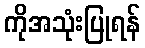
ကိုအသုံးပြုရန်